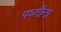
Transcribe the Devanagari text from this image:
पध्तीना